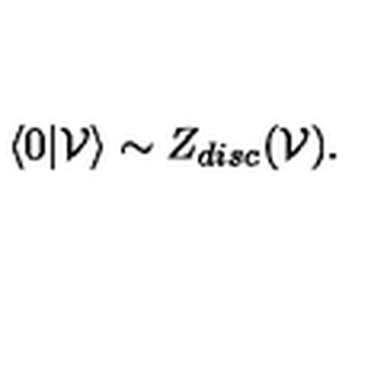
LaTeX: \langle 0 | { \cal V } \rangle \sim Z _ { d i s c } ( { \cal V } ) .